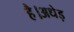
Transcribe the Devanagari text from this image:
है।अधेड़